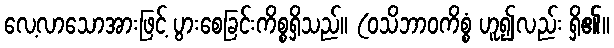
လေ့လာသောအားဖြင့် ပွားစေခြင်းကိစ္စရှိသည်။ (ဝသိဘာဝကိစ္စံ ဟူ၍လည်း ရှိ၏။